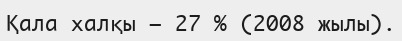
Қала халқы — 27 % (2008 жылы).